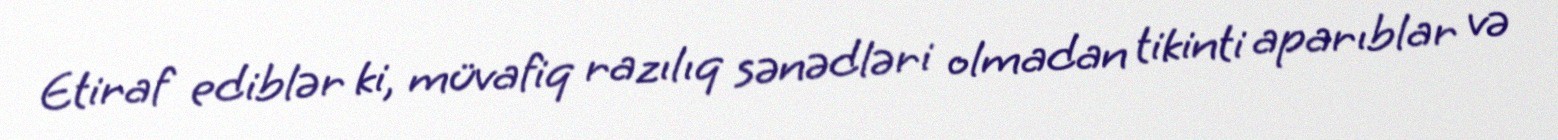
Etiraf ediblər ki, müvafiq razılıq sənədləri olmadan tikinti aparıblar və